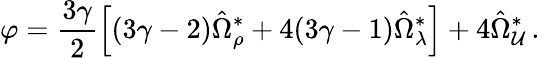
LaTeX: \varphi=\frac{3\gamma}{2}\left[(3\gamma-2)\hat{\Omega}_{\rho}^{\ast}+4(3\gamma-1)\hat{\Omega}_{\lambda}^{\ast}\right]+4\hat{\Omega}_{\cal U}^{\ast}\, .